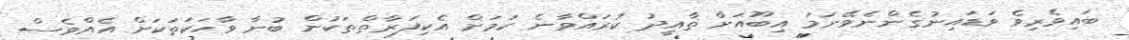
ބައިވެރިވެ ވަޑައިނުގެންނެވޭނަމަ އިބޫއަށް ތާއީދު ކުރައްވާނެ ކަމަށް އެކިފަރާތްތަކުން ބުނާ ވާހަކަތަކަށް އެއްވެސް